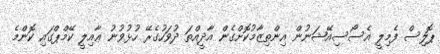
ޕޮލިސް ފެމިލީ އެސޯސިއޭޝަނުން އިންތިޒާމުކޮށްގެން އާދީއްތަ ދުވަހުގެރޭ ހުޅުވުނު ޢާއިލީ ކޭމްޕްގައި ކޮންމެ